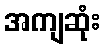
အကျဆုံး